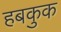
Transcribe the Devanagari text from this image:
हबकुक